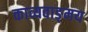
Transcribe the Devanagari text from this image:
काव्यवाङ्‌मय